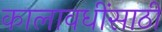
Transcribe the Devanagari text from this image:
कालावधींसाठी